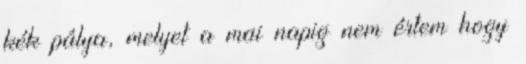
kék pálya, melyet a mai napig nem értem hogy